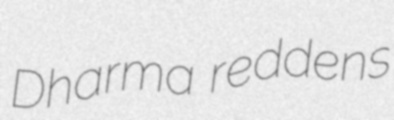
Dharma reddens